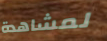
لمشاهدة